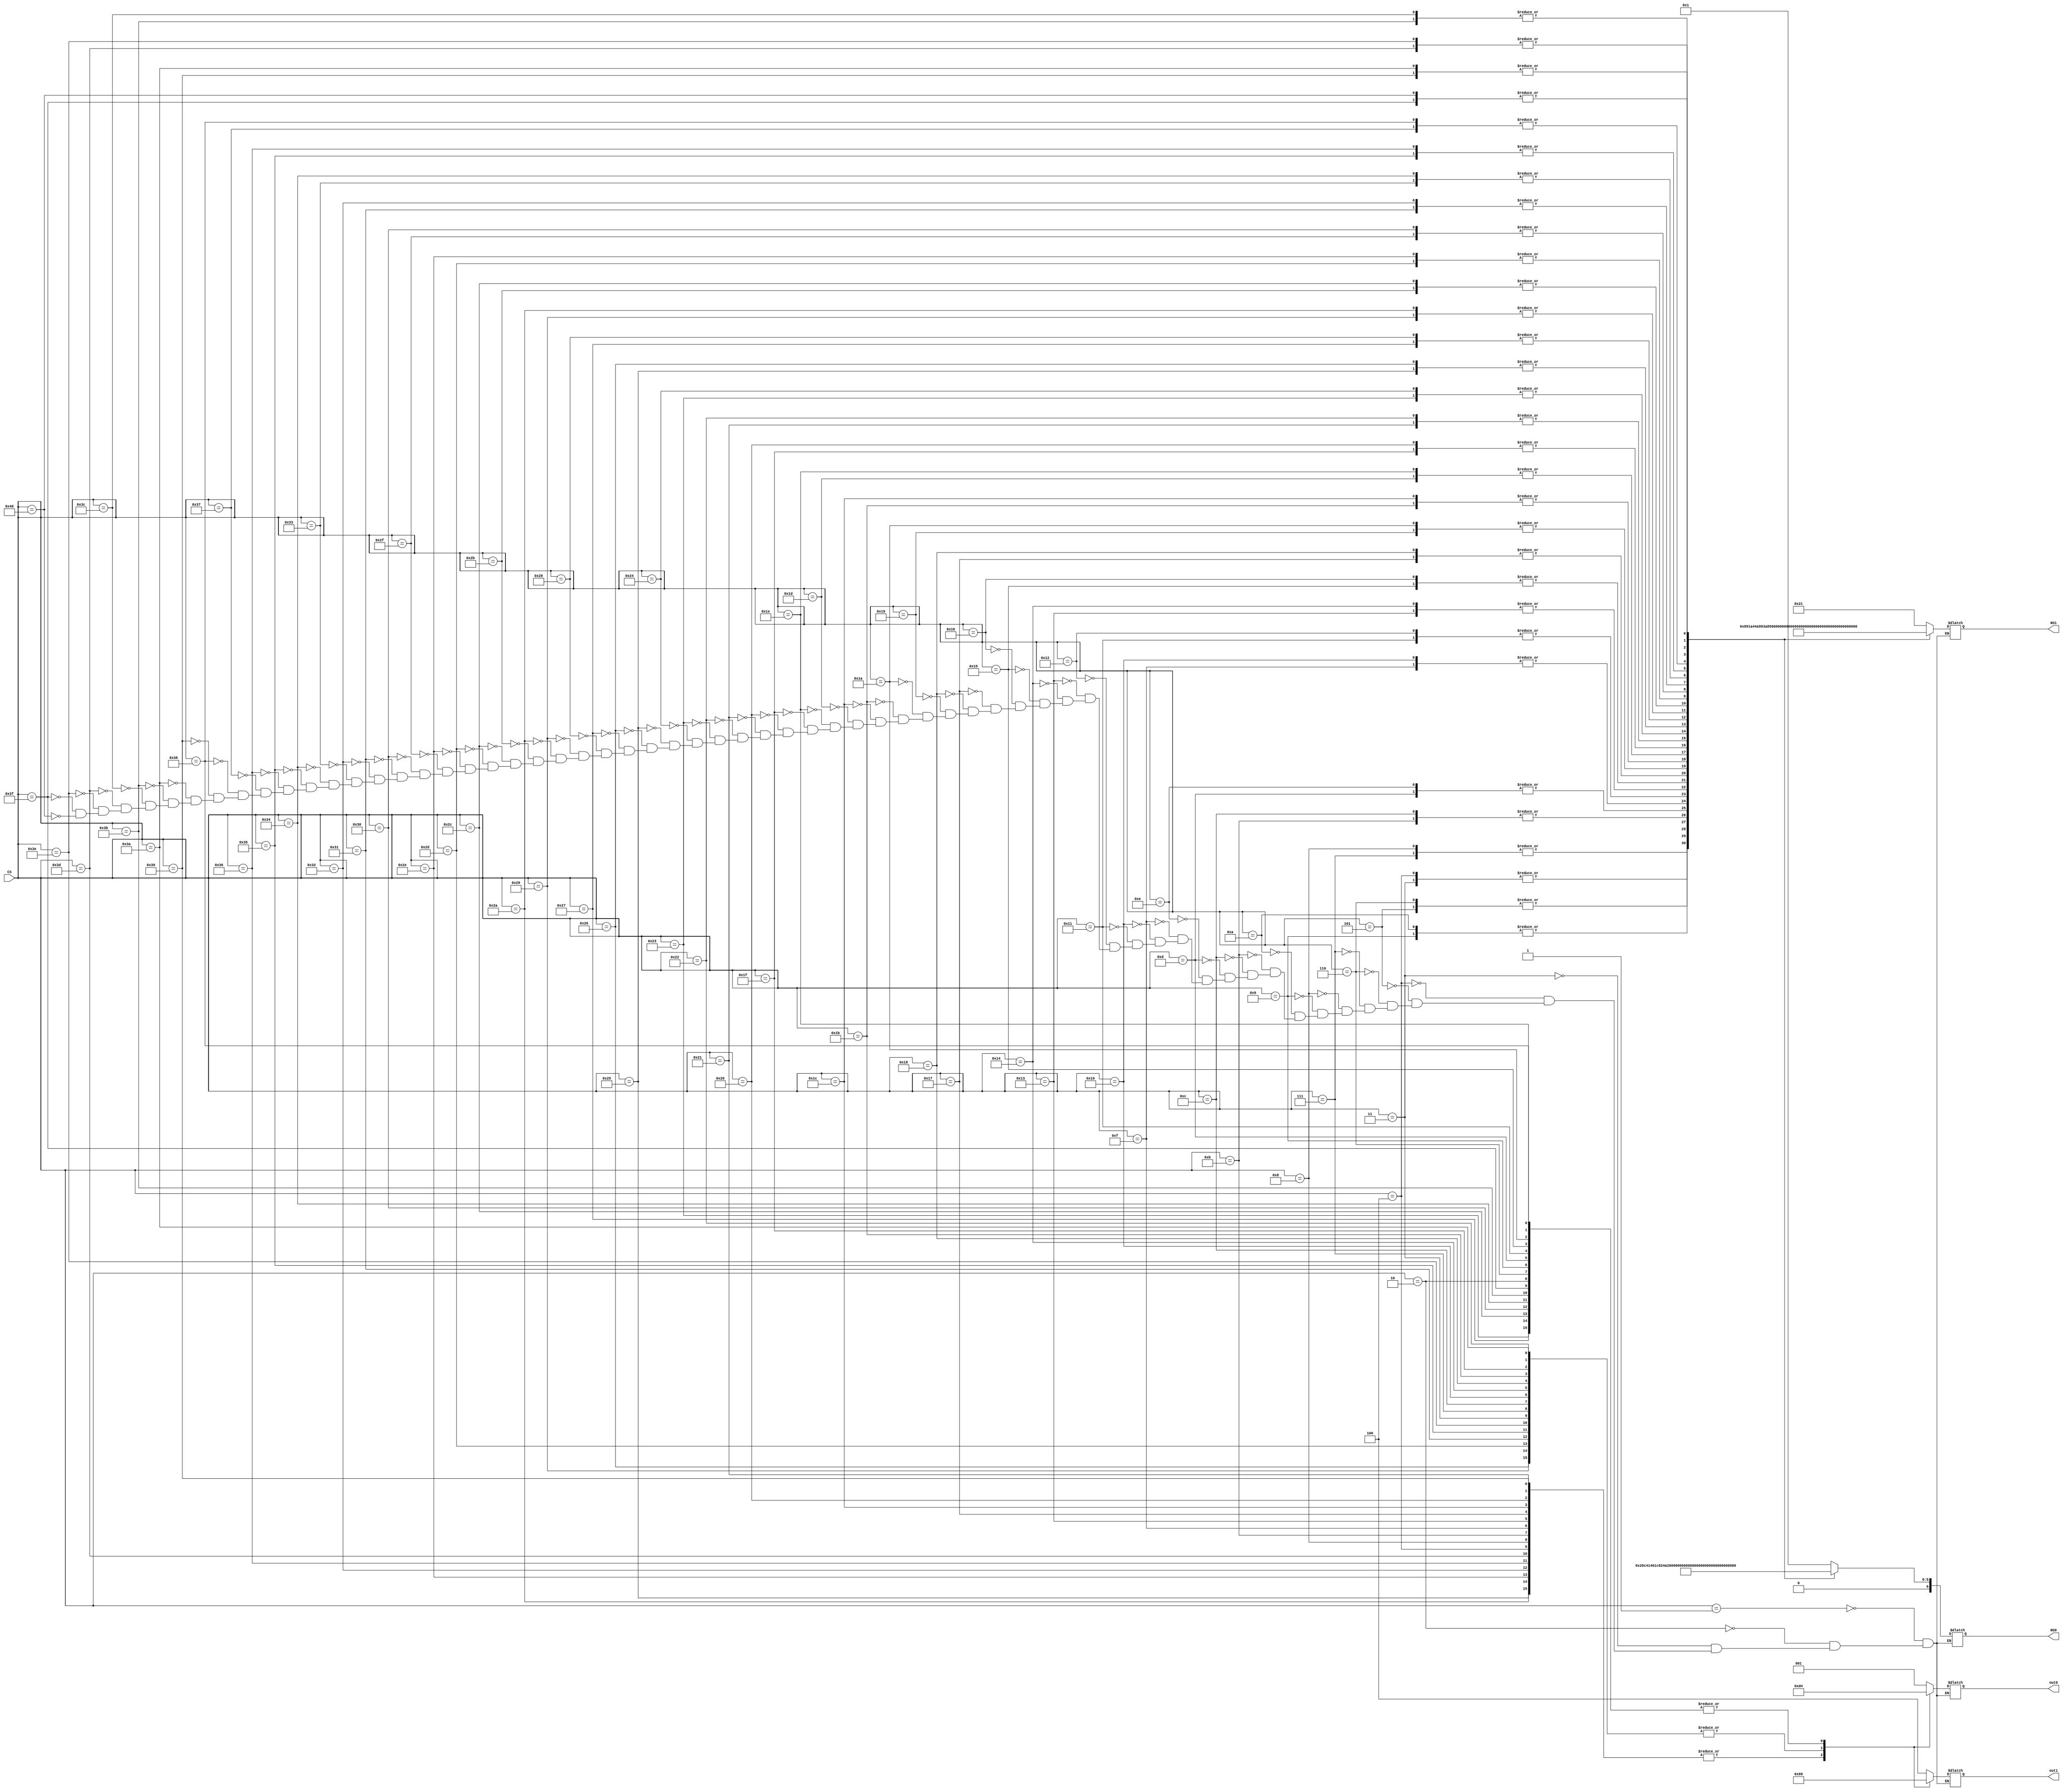
module calc_state(
    CS,
    NS0,
    NS1,
    out0,
    out1
);
    input [6:0]CS;
    output reg[6:0]NS0;
    output reg[6:0]NS1;
    output reg[2:0]out0;
    output reg[2:0]out1;


always @(CS) begin

    case (CS)
        1:begin 
                NS0 = 1;
                out0 = 1;
                NS1 = 33;
                out1 = 4;

        end
        2:begin
                 NS0 = 1;
                out0 = 4;
                NS1 = 33;
                out1 = 1;
        end
        3:begin   
                 NS0 = 2;
                out0 = 2;
                NS1 = 34;
                out1 = 3;
        end
        4:begin
                NS0 = 2;
                out0 = 3;
                NS1 = 34;
                out1 = 2;
        end
        5:begin
               NS0 = 3;
                out0 = 1;
                NS1 = 35;
                out1 = 4;
        end
        6:begin
                
               NS0 = 3;
                out0 = 4;
                NS1 = 35;
                out1 = 1;
        end
        7:begin
                 NS0 = 4;
                out0 = 2;
                NS1 = 36;
                out1 = 3;
        end
        8:begin
                NS0 = 4;
                out0 = 3;
                NS1 = 36;
                out1 = 2;
        end
        9:begin
                 NS0 = 5;
                out0 = 4;
                NS1 = 37;
                out1 = 1;
        end
        10:begin
                NS0 = 5;
                out0 = 1;
                NS1 = 37;
                out1 = 4;
        end
        11:begin
                NS0 = 6;
                out0 = 3;
                NS1 = 38;
                out1 = 2;
        end
        12:begin
                NS0 = 6;
                out0 = 2;
                NS1 = 38;
                out1 = 3;
        end
        13:begin
                NS0 = 7;
                out0 = 4;
                NS1 = 39;
                out1 = 1;
        end
        14:begin
                NS0 = 7;
                out0 = 1;
                NS1 = 39;
                out1 = 4;
        end
        15:begin
                NS0 = 8;
                out0 = 3;
                NS1 = 40;
                out1 = 2;
        end
        16:begin
                 NS0 = 8;
                out0 = 2;
                NS1 = 40;
                out1 = 3;
        end
        17:begin
                NS0 = 9;
                out0 = 4;
                NS1 = 41;
                out1 = 1;
        end
        18:begin
                NS0 = 9;
                out0 = 1;
                NS1 = 41;
                out1 = 4;
        end
        19:begin
                NS0 = 10;
                out0 = 3;
                NS1 = 42;
                out1 = 2;
        end
        20:begin
                NS0 = 10;
                out0 = 2;
                NS1 = 42;
                out1 = 3;
        end
        21:begin
                 NS0 = 11;
                out0 = 4;
                NS1 = 43;
                out1 = 1;
        end
        22:begin
                 NS0 = 11;
                out0 = 1;
                NS1 = 43;
                out1 = 4;
        end
        23:begin
                 NS0 = 12;
                out0 = 3;
                NS1 = 44;
                out1 = 2;
        end
        24:begin
                 NS0 = 12;
                out0 = 2;
                NS1 = 44;
                out1 = 3;
        end
        25:begin
                 NS0 = 13;
                out0 = 1;
                NS1 = 45;
                out1 = 4;
        end
        26:begin
                 NS0 = 13;
                out0 = 4;
                NS1 = 45;
                out1 = 1;
        end
        27:begin   
                 NS0 = 14;
                out0 = 2;
                NS1 = 46;
                out1 = 3;
        end
        28:begin   
                 NS0 = 14;
                out0 = 3;
                NS1 = 46;
                out1 = 2;
        end
        29:begin
                 NS0 = 15;
                out0 = 1;
                NS1 = 47;
                out1 = 4;
        end
        30:begin
                 NS0 = 15;
                out0 = 4;
                NS1 = 47;
                out1 = 1;
        end
        31:begin
                 NS0 = 16;
                out0 = 2;
                NS1 = 48;
                out1 = 3;
        end
        32:begin
                 NS0 = 16;
                out0 = 3;
                NS1 = 48;
                out1 = 2;
        end
        33:begin
                NS0 = 17;
                out0 = 3;
                NS1 = 49;
                out1 = 2;
        end
        34:begin
                NS0 = 17;
                out0 = 2;
                NS1 = 49;
                out1 = 3;
        end
        35:begin
                NS0 = 18;
                out0 = 4;
                NS1 = 50;
                out1 = 1;
        end
        36:begin
                NS0 = 18;
                out0 = 1;
                NS1 = 50;
                out1 = 4;
        end
        37:begin
                NS0 = 19;
                out0 = 3;
                NS1 = 51;
                out1 = 2;
        end
        38:begin
                NS0 = 19;
                out0 = 2;
                NS1 = 51;
                out1 = 3;
        end
        39:begin
                NS0 = 20;
                out0 = 4;
                NS1 = 52;
                out1 = 1;
        end
        40:begin
                NS0 = 20;
                out0 = 1;
                NS1 = 52;
                out1 = 4;
        end
        41:begin
                NS0 = 21;
                out0 = 2;
                NS1 = 53;
                out1 = 3;
        end
        42:begin
                NS0 = 21;
                out0 = 3;
                NS1 = 53;
                out1 = 2;
        end
        43:begin
                NS0 = 22;
                out0 = 1;
                NS1 = 54;
                out1 = 4;
        end
        44:begin
                NS0 = 22;
                out0 = 4;
                NS1 = 54;
                out1 = 1;
        end
        45:begin
                NS0 = 23;
                out0 = 2;
                NS1 = 55;
                out1 = 3;
        end
        46:begin
                NS0 = 23;
                out0 = 3;
                NS1 = 55;
                out1 = 2;
        end
        47:begin
                NS0 = 24;
                out0 = 1;
                NS1 = 56;
                out1 = 4;
        end
        48:begin
                NS0 = 24;
                out0 = 4;
                NS1 = 56;
                out1 = 1;
        end
        49:begin
                NS0 = 25;
                out0 = 2;
                NS1 = 57;
                out1 = 3;
        end
        50:begin
                NS0 = 25;
                out0 = 3;
                NS1 = 57;
                out1 = 2;
        end
        51:begin
                NS0 = 26;
                out0 = 1;
                NS1 = 58;
                out1 = 4;
        end
        52:begin
                NS0 = 26;
                out0 = 4;
                NS1 = 58;
                out1 = 1;
        end
        53:begin
                NS0 = 27;
                out0 = 2;
                NS1 = 59;
                out1 = 3;
        end
        54:begin
                NS0 = 27;
                out0 = 3;
                NS1 = 59;
                out1 = 2;
        end
        55:begin
                NS0 = 28;
                out0 = 1;
                NS1 = 60;
                out1 = 4;
        end
        56:begin
                NS0 = 28;
                out0 = 4;
                NS1 = 60;
                out1 = 1;
        end
        57:begin
                NS0 = 29;
                out0 = 3;
                NS1 = 61;
                out1 = 2;
        end
        58:begin
                NS0 = 29;
                out0 = 2;
                NS1 = 61;
                out1 = 3;
        end
        59:begin
                NS0 = 30;
                out0 = 4;
                NS1 = 62;
                out1 = 1;
        end
        60:begin
                NS0 = 30;
                out0 = 1;
                NS1 = 62;
                out1 = 4;
        end
        61:begin
                NS0 = 31;
                out0 = 3;
                NS1 = 63;
                out1 = 2;
        end
        62:begin
                NS0 = 31;
                out0 = 2;
                NS1 = 63;
                out1 = 3;
        end
        63:begin
                NS0 = 32;
                out0 = 4;
                NS1 = 64;
                out1 = 1;
        end
        64:begin
                NS0 = 32;
                out0 = 1;
                NS1 = 64;
                out1 = 4;
        end
    endcase
end
endmodule